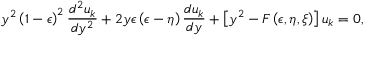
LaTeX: y ^ { 2 } \left( 1 - \epsilon \right) ^ { 2 } { \frac { d ^ { 2 } u _ { k } } { d y ^ { 2 } } } + 2 y \epsilon \left( \epsilon - \eta \right) { \frac { d u _ { k } } { d y } } + \left[ y ^ { 2 } - F \left( \epsilon , \eta , \xi \right) \right] u _ { k } = 0 ,